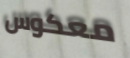
معكوس